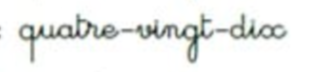
quatre-vingt-dix